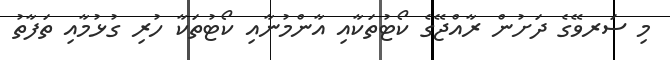
މި ސަރވޭގެ ދަށުން ރާއްޖޭގެ ކޯޓުތަކާއި އާންމުނާއި ކޯޓުތަކާ ހުރި ގުޅުމާއި ތަފާތު